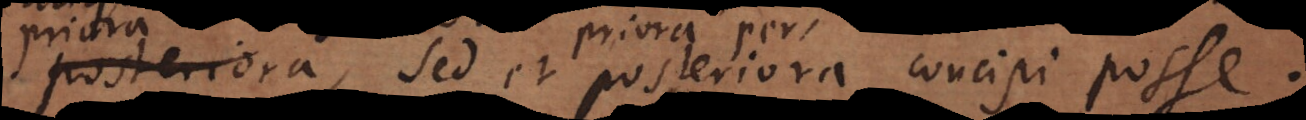
priora per posteriora concipi posse.